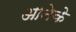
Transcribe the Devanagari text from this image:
आनेके